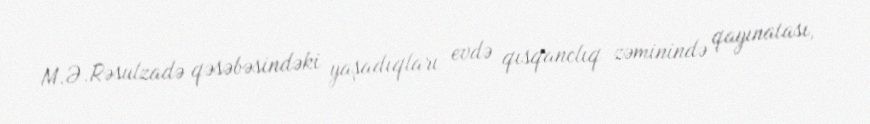
M.Ə.Rəsulzadə qəsəbəsindəki yaşadıqları evdə qısqanclıq zəminində qayınatası,